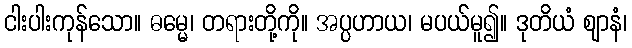
ငါးပါးကုန်သော။ ဓမ္မေ၊ တရားတို့ကို။ အပ္ပဟာယ၊ မပယ်မူ၍။ ဒုတိယံ ဈာနံ၊